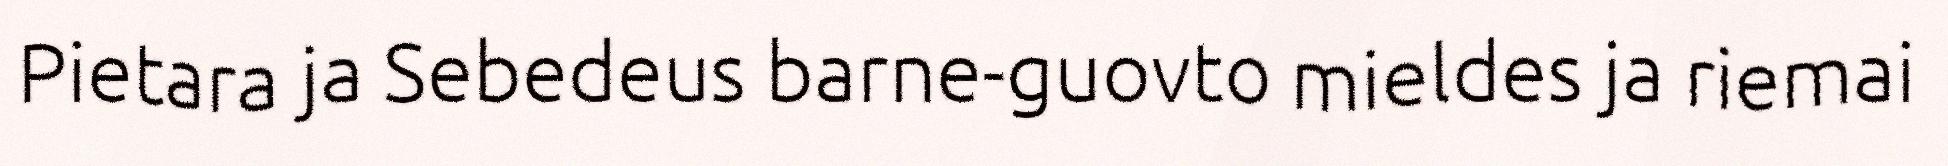
Pietara ja Sebedeus barne-guovto mieldes ja riemai